Burma Government Medical School reports 1923-41
Year: 1923
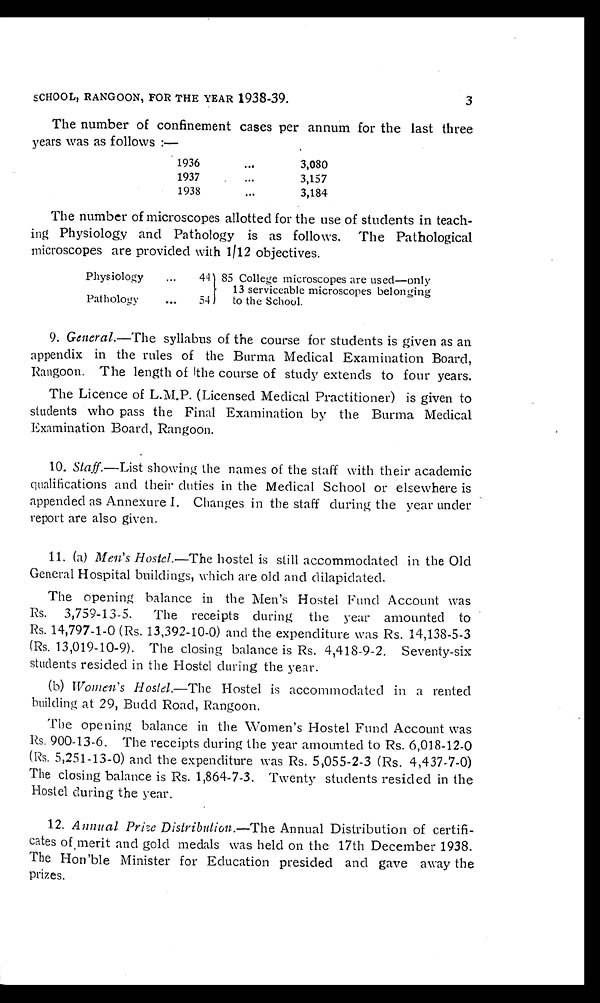
SCHOOL, RANGOON, FOR THE YEAR 1938-39.
The number of confinement cases per annum for the last three
years was as follows :—
1936 . . .
3,080
1937 . . .
3,157
1938 . . .
3,184
The number of microscopes allotted for the use of students in teach-
ing Physiology and Pathology is as follows. The Pathological
microscopes are provided with 1/12 objectives.
Physiology . . .
44 85 College microscopes are used—only
13 serviceable microscopes belonging
to the School.
Pathology . . .
54
9. General. —The syllabus of the course for students is given as an
appendix in the rules of the Burma Medical Examination Board,
Rangoon. The length of the course of study extends to four years.
The Licence of L.M.P. (Licensed Medical Practitioner) is given to
students who pass the Final Examination by the Burma Medical
Examination Board, Rangoon.
10. Staff. —List showing the names of the staff with their academic
qualifications and their duties in the Medical School or elsewhere is
appended as Annexure I. Changes in the staff during the year under
report are also given.
11. (a) Men's Hostel. —The hostel is still accommodated in the Old
General Hospital buildings, which are old and dilapidated.
The opening balance in the Men's Hostel Fund Account was
Rs. 3,759-13-5. The receipts during the year amounted to
Rs. 14,797-1-0 (Rs. 13,392-10-0) and the expenditure was Rs. 14,138-5-3
(Rs. 13,019-10-9). The closing balance is Rs. 4,418-9-2. Seventy-six
students resided in the Hostel during the year.
(b) Women's Hostel. —The Hostel is accommodated in a rented
building at 29, Budd Road, Rangoon.
The opening balance in the Women's Hostel Fund Account was
Rs. 900-13-6. The receipts during the year amounted to Rs. 6,018-12-0
(Rs. 5,251-13-0) and the expenditure was Rs. 5,055-2-3 (Rs. 4,437-7-0)
The closing balance is Rs. 1,864-7-3. Twenty students resided in the
Hostel during the year.
12. Annual Prize Distribution. —The Annual Distribution of certifi-
cates of merit and gold medals was held on the 17th December 1938.
The Hon'ble Minister for Education presided and gave away the
prizes.
3